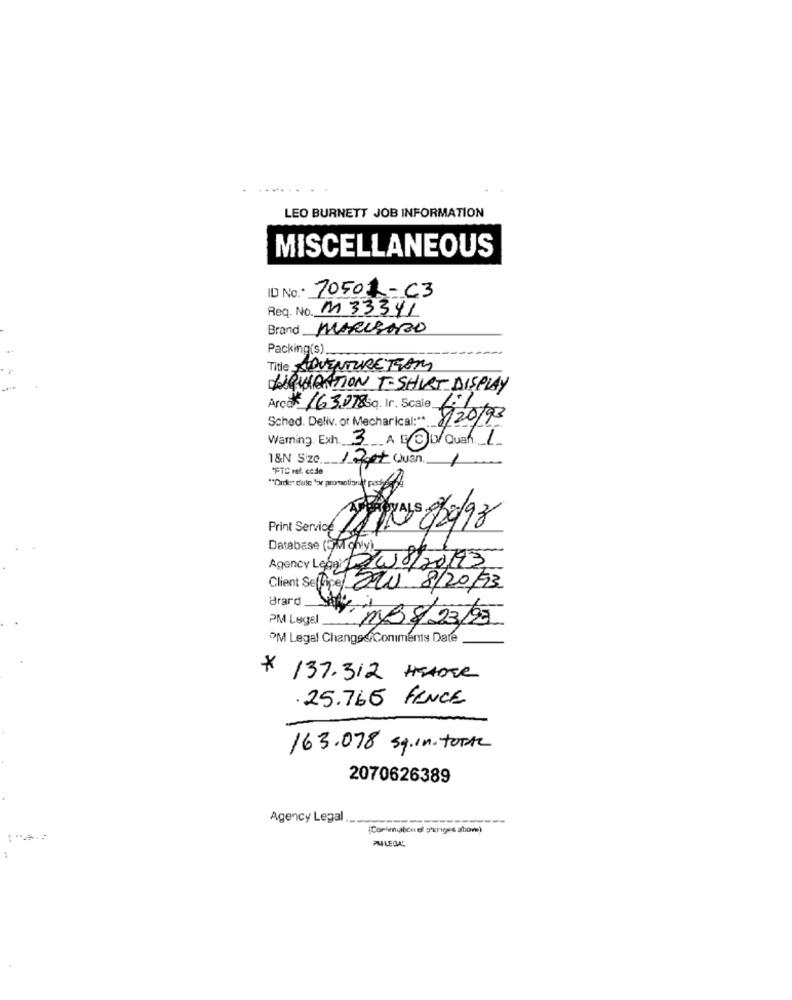
LEO BURNETT JOB INFORMATION
MISCELLANEOUS
ID No. 70501-C3
Req. No. M 33341
Brand MARCADO
Packing(s)
Title ADVENTURE TEAM
LIQUIDATION T-SHIRT DISPLAY
Arcok 163.078 Sq. Ir. Scale.
Sched. Deliv. ot Mecharical :**.
7/20/93
Warning. Exh. 3 A EDUQuan 1
18N Size / Apt Quan. 1
"FTC ref. ccde
Print Service
2/08/2098
Database (EM chiy).
Agency Lege: 23w8/2
08/20/93
Client Service 220 8/20/93
Brard
PM Legel
B &/ 23/97
OM Legal Changs&Coniments Date .
* 137.312 HEADER
.25.765 FENCE
163.078 sq.in. TOTAL
2070626389
Agency Legal
[Cor mialich ef g'unges atom)
PMLEGAL